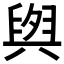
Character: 𮍫